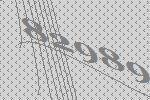
82989